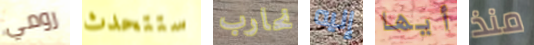
رومي ستتحدث نحارب إليه أيها منذ